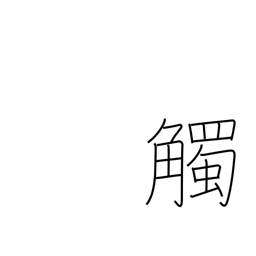
Meaning: conflict